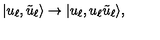
| u _ { \ell } , \tilde { u } _ { \ell } \rangle \to | u _ { \ell } , u _ { \ell } \tilde { u } _ { \ell } \rangle ,